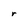
Character: r